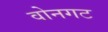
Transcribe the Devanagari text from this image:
वोनगट